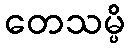
တေသမ္ပိ